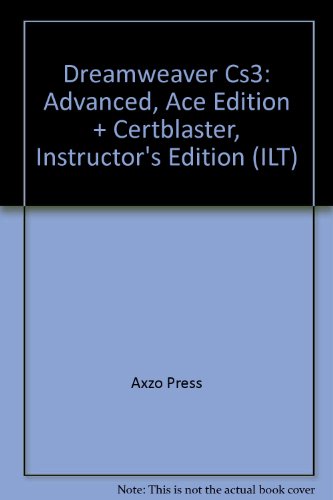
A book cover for Dreamweaver Cs3: Advanced, Ace Edition + Certblaster, Instructor's Edition (ILT); Axzo Press; Computers & Technology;